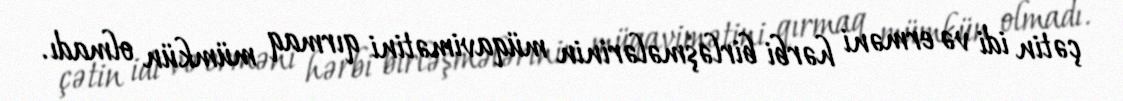
çətin idi və erməni hərbi birləşmələrinin müqavimətini qırmaq mümkün olmadı.